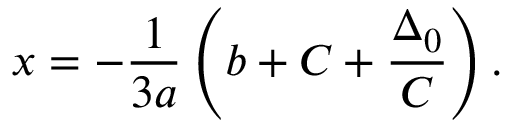
x = - { \frac { 1 } { 3 a } } \left( b + C + { \frac { \Delta _ { 0 } } { C } } \right) { \mathrm { . } }